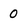
Character: 0